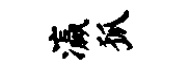
瀛狐